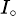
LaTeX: \scriptstyle{I_{\circ}}